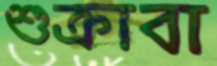
শুক্রাবা